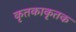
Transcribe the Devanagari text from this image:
कृतकाकृतक